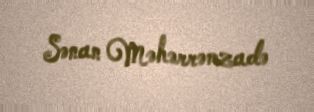
Sənan Məhərrəmzadə